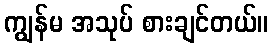
ကျွန်မ အသုပ် စားချင်တယ်။